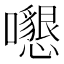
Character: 𡄩